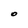
Character: O